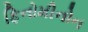
ફિનોમીનોન